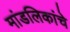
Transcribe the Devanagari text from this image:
मांडलिकांचे